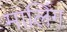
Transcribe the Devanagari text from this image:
मालिंग